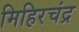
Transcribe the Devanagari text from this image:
मिहिरचंद्र